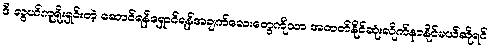
ဒီ လွယ်ကူရိုးရှင်းတဲ့ ဆောင်ရန်ရှောင်ရန်အချက်လေးတွေကိုသာ အတတ်နိုင်ဆုံးလိုက်နာနိုင်မယ်ဆိုရင်